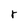
Character: r